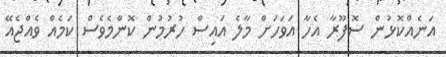
އަނެއްކޮޅުން ސޮފޫރާ އެހާ އަވަހަށް މާލެ އައިސް ހުރުމުން ކޮންމެވެސް ކަމެއް ވެއްޖެއޭ